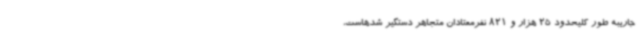
جاریبه طور کلیحدود 25 هزار و 821 نفرمعتادان متجاهر دستگیر شدهاست،